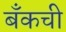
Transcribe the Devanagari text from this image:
बँकची